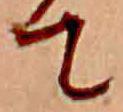
て